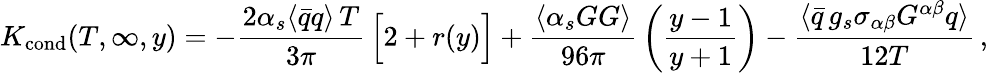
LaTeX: K_{\mathrm{cond}}(T,\infty,y)=-{\frac{2\alpha_{s}\langle\bar{q}q\rangle\, T}{3\pi}}\, \Big[2+r(y)\Big]+{\frac{\langle\alpha_{s}GG\rangle}{96\pi}}\, \bigg({\frac{y-1}{y+1}}\bigg)-{\frac{\langle\bar{q}\, g_{s}\sigma_{\alpha\beta}G^{\alpha\beta}q\rangle}{12T}}\, ,